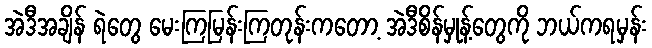
အဲဒီအချိန် ရဲတွေ မေးကြမြန်းကြတုန်းကတော့ အဲဒီစိန်မှုန့်တွေကို ဘယ်ကရမှန်း